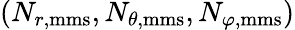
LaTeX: (N_{r,\textrm{mms}},N_{\theta,\textrm{mms}},N_{\varphi,\textrm{mms}})